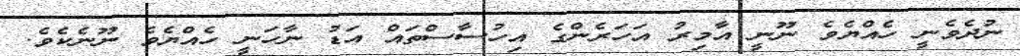
ނުދެވެނީ ހެއްޔެވެ ނޫނީ އާމިރު އަހަރެންގެ އިހުސާސްތައް އަޑު ނާހަނީ ހެއްޔެވެ ނޫނެކެވެ.